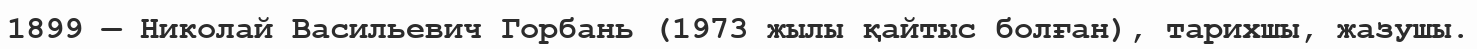
1899 — Николай Васильевич Горбань (1973 жылы қайтыс болған), тарихшы, жазушы.